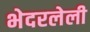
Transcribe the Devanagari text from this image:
भेदरलेली